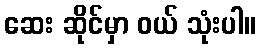
ဆေး ဆိုင်မှာ ဝယ် သုံးပါ။